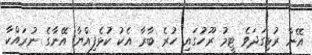
އޭނާ ރުޅިގަދަވެ ޓީމު ރޫހުގައި ހުރެ ބާރާ އެކު ކުޅެފިއްޔާ އޭނާގެ ނުރައްކާ